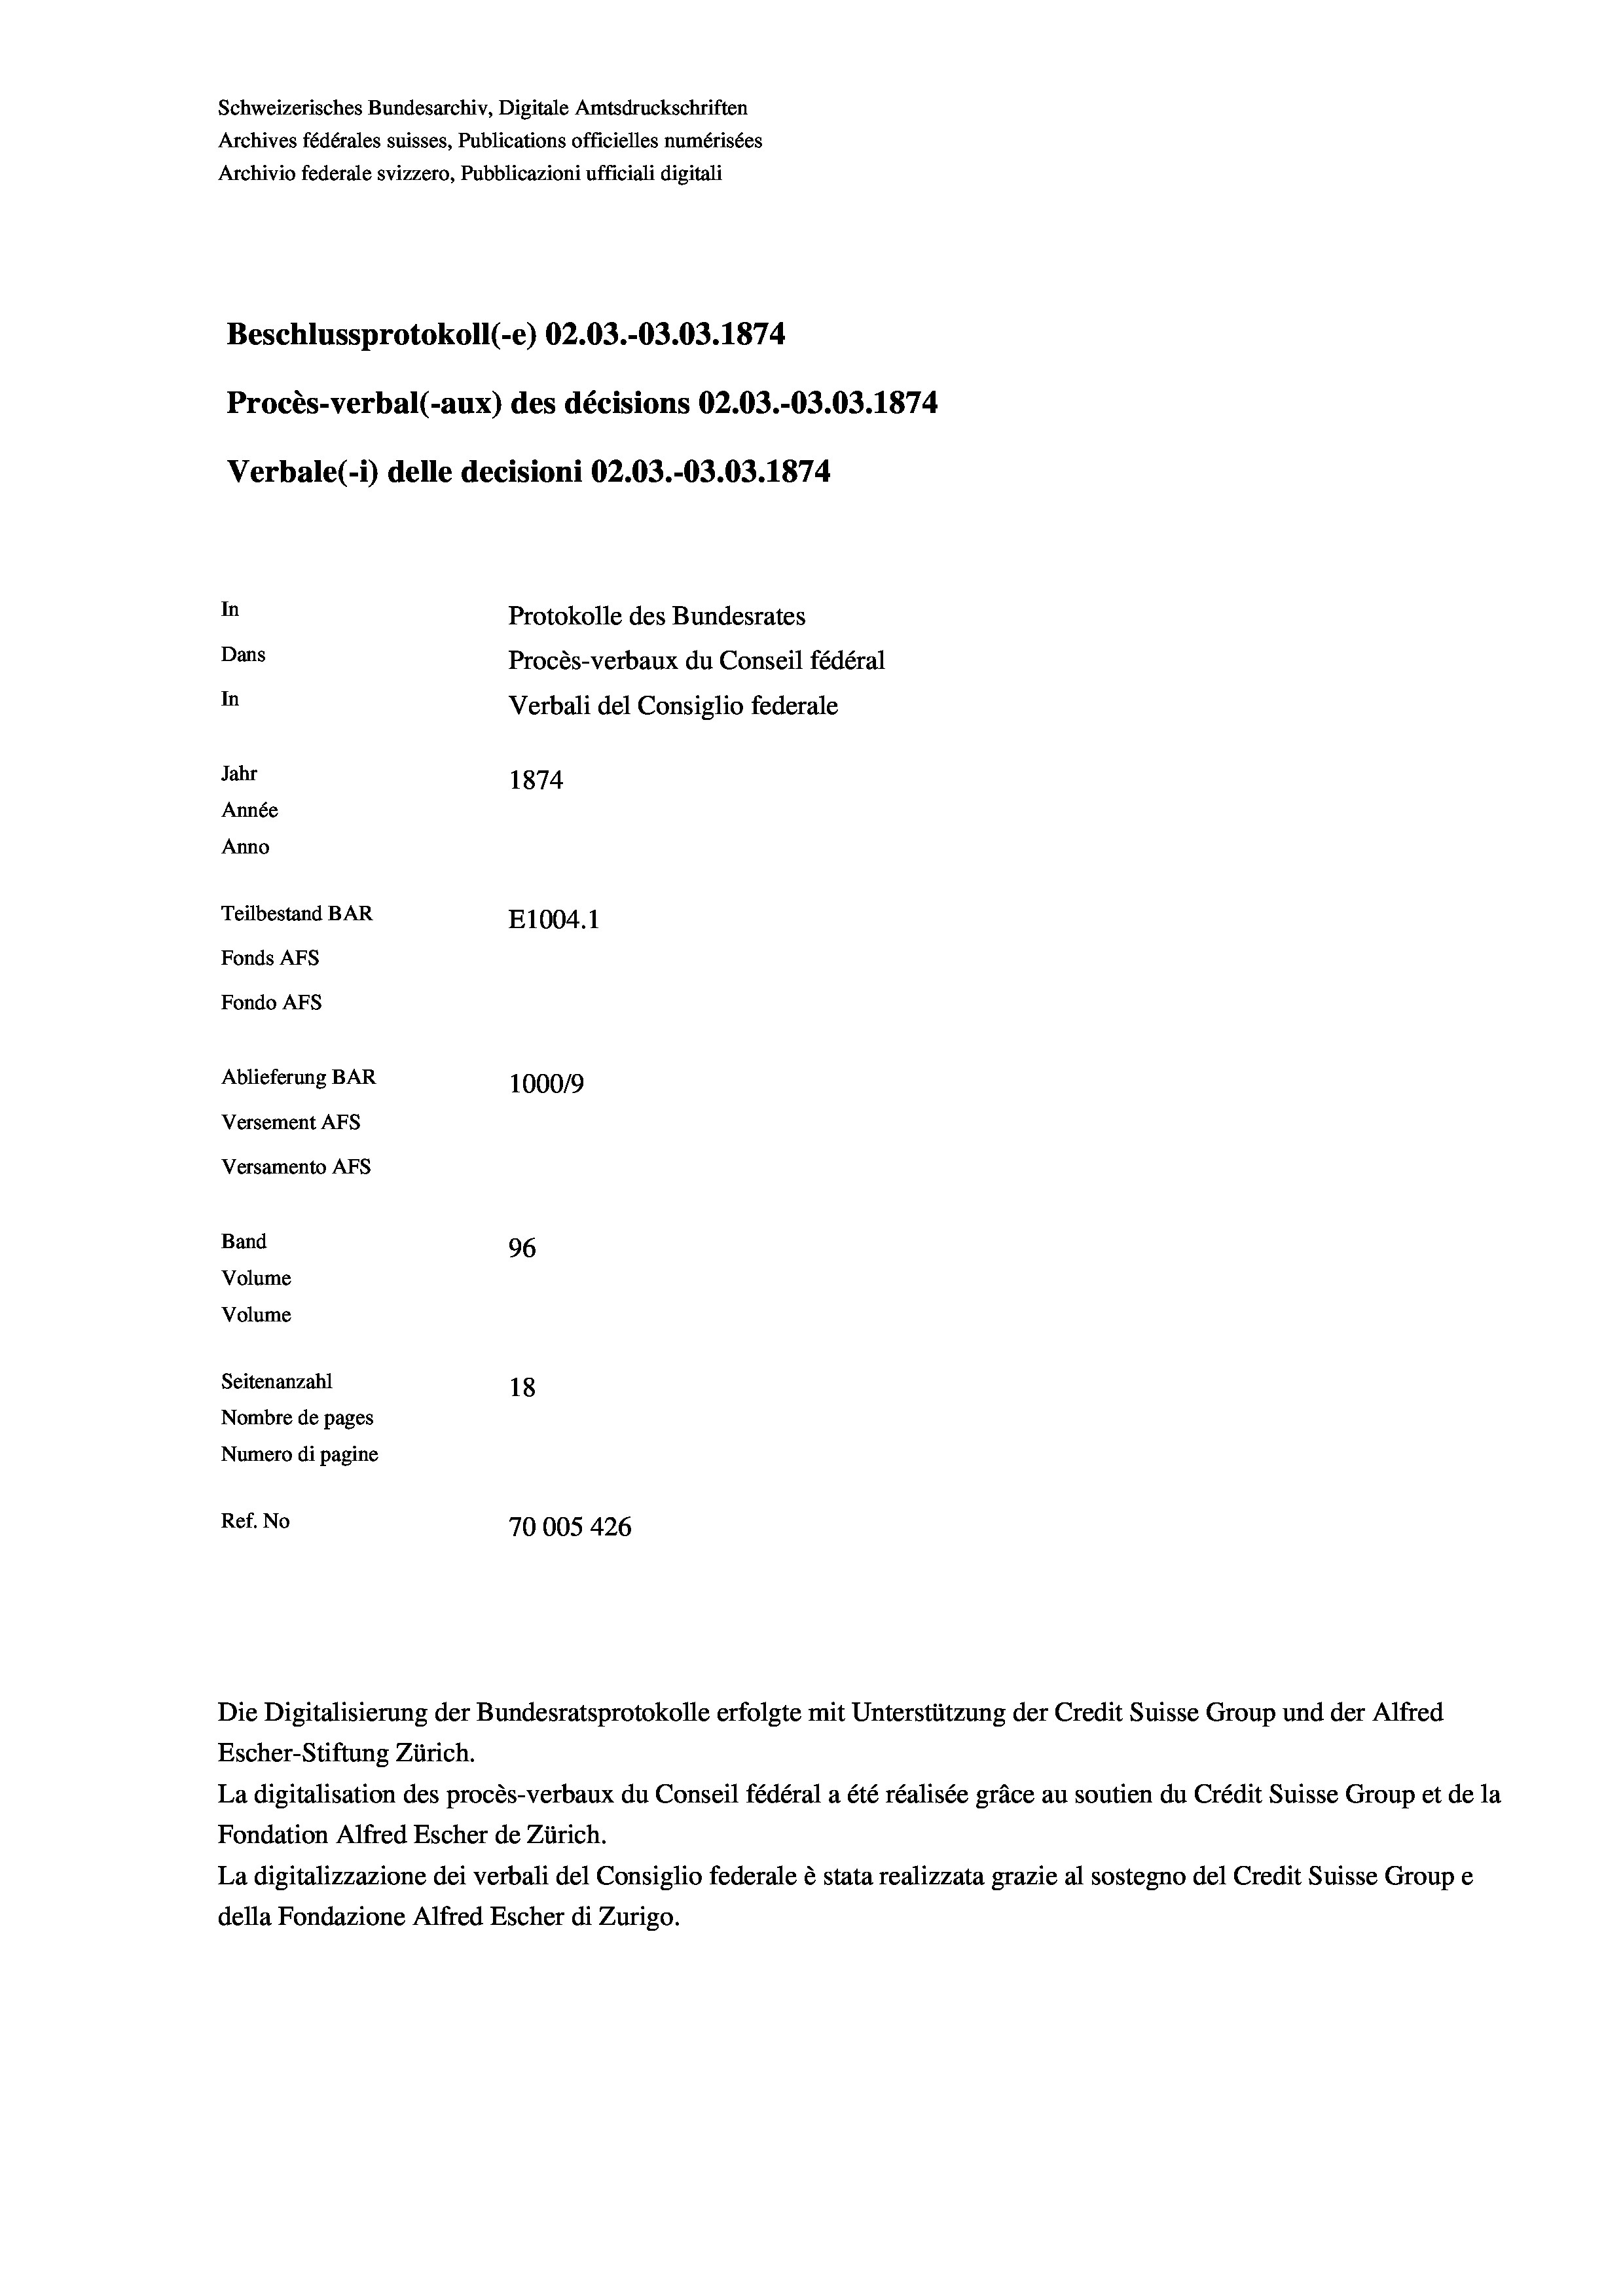
Schweizerisches Bundesarchiv, Digitale Amtsdruckschriften
Archives fédérales suisses, Publications officielles numérisées
Archivio federale svizzero, Pubblicazioni ufficiali digitali
Beschlussprotokoll (-e) 02.03.-03.03. 1874
Procès-verbal (-aux) des décisions 02.03.-03.03. 1874.
Verbale (- 1) delle decisioni 02.03.-03.03. 1874
In
Protokolle des Bundesrates
Dans
Procès-verbaux du Conseil fédéral
In
Verbali del Consiglio federale
Jahr
1874
Année
Anno
Teilbestand BAR
E1004. 1
Fonds AFs
Fondo Afs
Ablieferung BAR
100019
Versement AFs
Versamento AFs
Band
96
Volume
Volume
Seitenanzahl
18
Nombre de pages
Numero di pagine
Ref. No
70005 426

Escher-Stiftung Zürich.
La digitalisation des procès-verbaux du Conseil fédéral a été réalisée gräce au soutien du Crédit Suisse Group et de la
Fondation Alfred Escher de Zürich.
La digitalizzazione dei verbali del Consiglio federale è stata realizzata grazie al sostegno del Credit Suisse Groupe
della Fondazione Alfred Escher di Zurigo.

Die Digitalisierung der Bundesratsprotokolle erfolgte mit Unterstützung der Credit Suisse Group und der Alfred